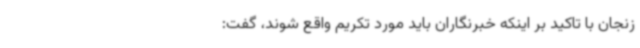
زنجان با تاکید بر اینکه خبرنگاران باید مورد تکریم واقع شوند، گفت: